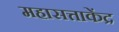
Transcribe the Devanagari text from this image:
महासत्ताकेंद्र